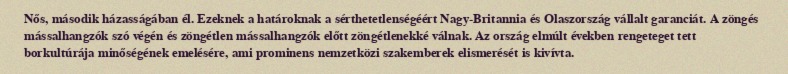
Nős, második házasságában él. Ezeknek a határoknak a sérthetetlenségéért Nagy-Britannia és Olaszország vállalt garanciát. A zöngés mássalhangzók szó végén és zöngétlen mássalhangzók előtt zöngétlenekké válnak. Az ország elmúlt években rengeteget tett borkultúrája minőségének emelésére, ami prominens nemzetközi szakemberek elismerését is kivívta.